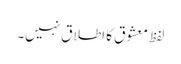
لفظ معشوق کا اطلاق نہیں۔